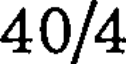
40/4